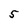
Character: 5